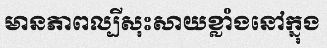
មានភាពល្បីសុះសាយខ្លាំងនៅក្នុង